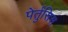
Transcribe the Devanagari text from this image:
पेर्तुसिस